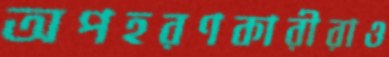
অপহরণকারীরাও